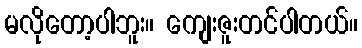
မလိုတော့ပါဘူး။ ကျေးဇူးတင်ပါတယ်။